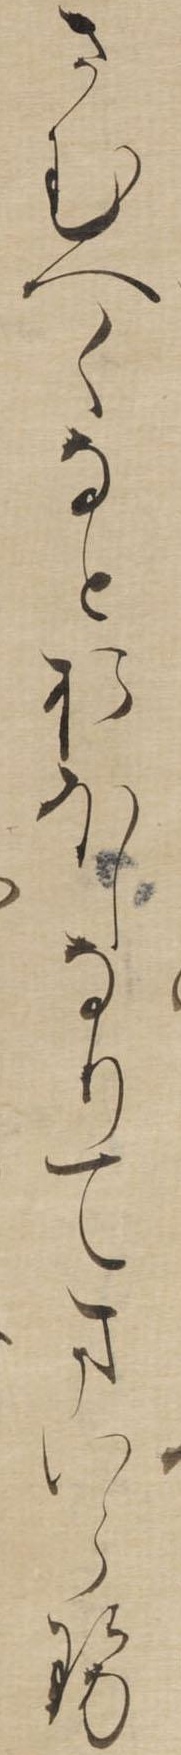
さむへくなとおほしなりてまいらせ